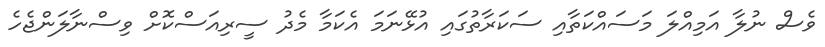
ވެސް ނުލާ އަމިއްލަ މަސައްކަތާއި ސަކަރާތުގައި އުޅޭނަމަ އެކަމާ މެދު ސީރިއަސްކޮށް ވިސްނާލަންޖެހެ